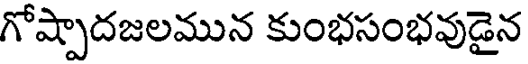
గోష్పాదజలమున కుంభసంభవుడైన